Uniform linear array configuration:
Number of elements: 16
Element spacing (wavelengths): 1
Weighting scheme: hamming
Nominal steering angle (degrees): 30
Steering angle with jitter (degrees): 30.634
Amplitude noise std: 0.05
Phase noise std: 0.05

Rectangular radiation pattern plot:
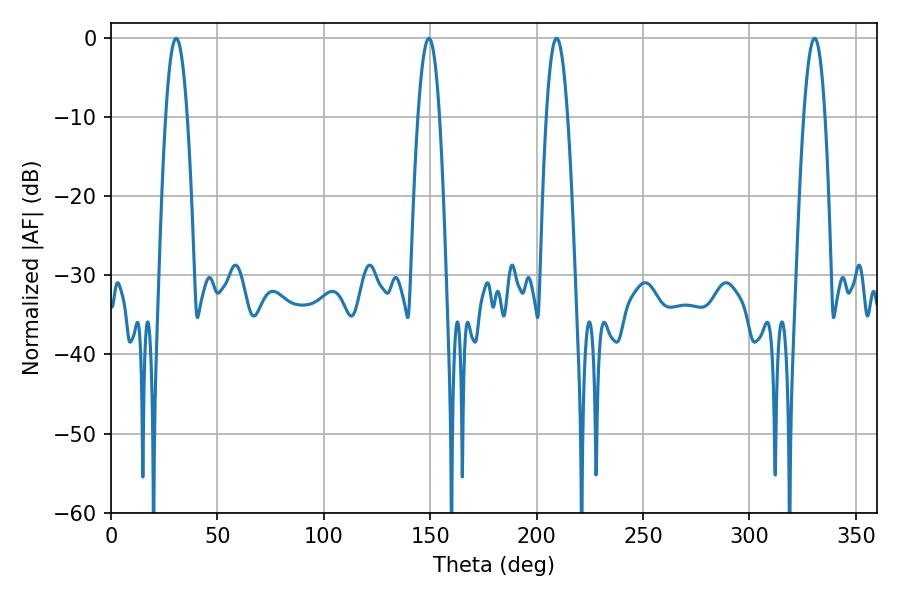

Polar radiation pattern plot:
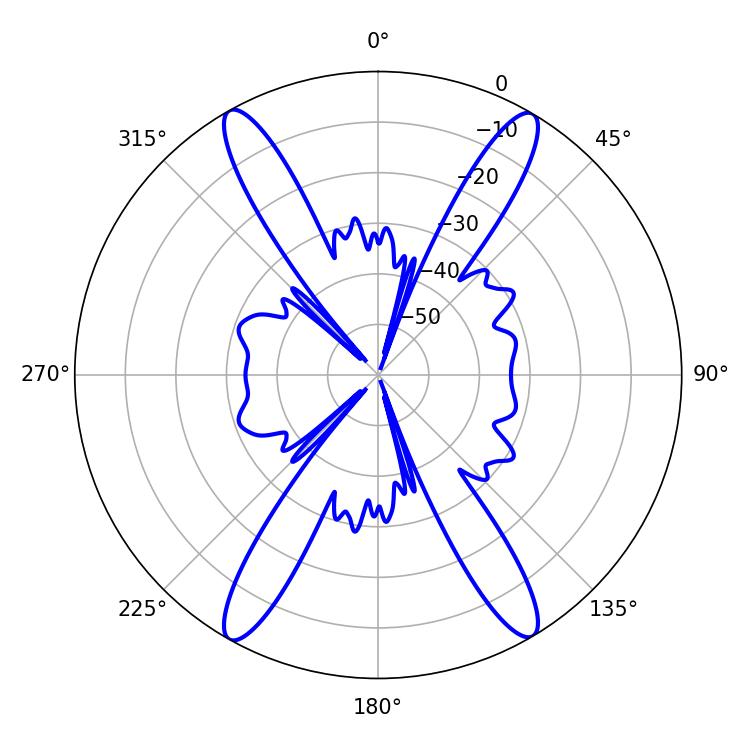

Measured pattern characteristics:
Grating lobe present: TRUE
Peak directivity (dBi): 25.677
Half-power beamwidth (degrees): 5.58
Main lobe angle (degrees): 30.6